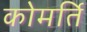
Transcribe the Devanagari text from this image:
कोमर्ति